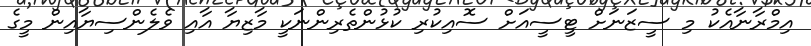
އިމްރާނާއެކު މި ސީޒަނަށް ޓީސީއަށް ސޮއިކުރި ކުޅުންތެރިންނަކީ މާޒިޔާ އާއި ވެލެންސިޔާއިން މީގެ